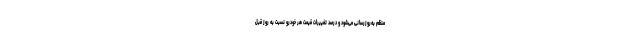
منظم به‌روزرسانی می‌شود و درصد تغییرات قیمت هر خودرو نسبت به روز قبل